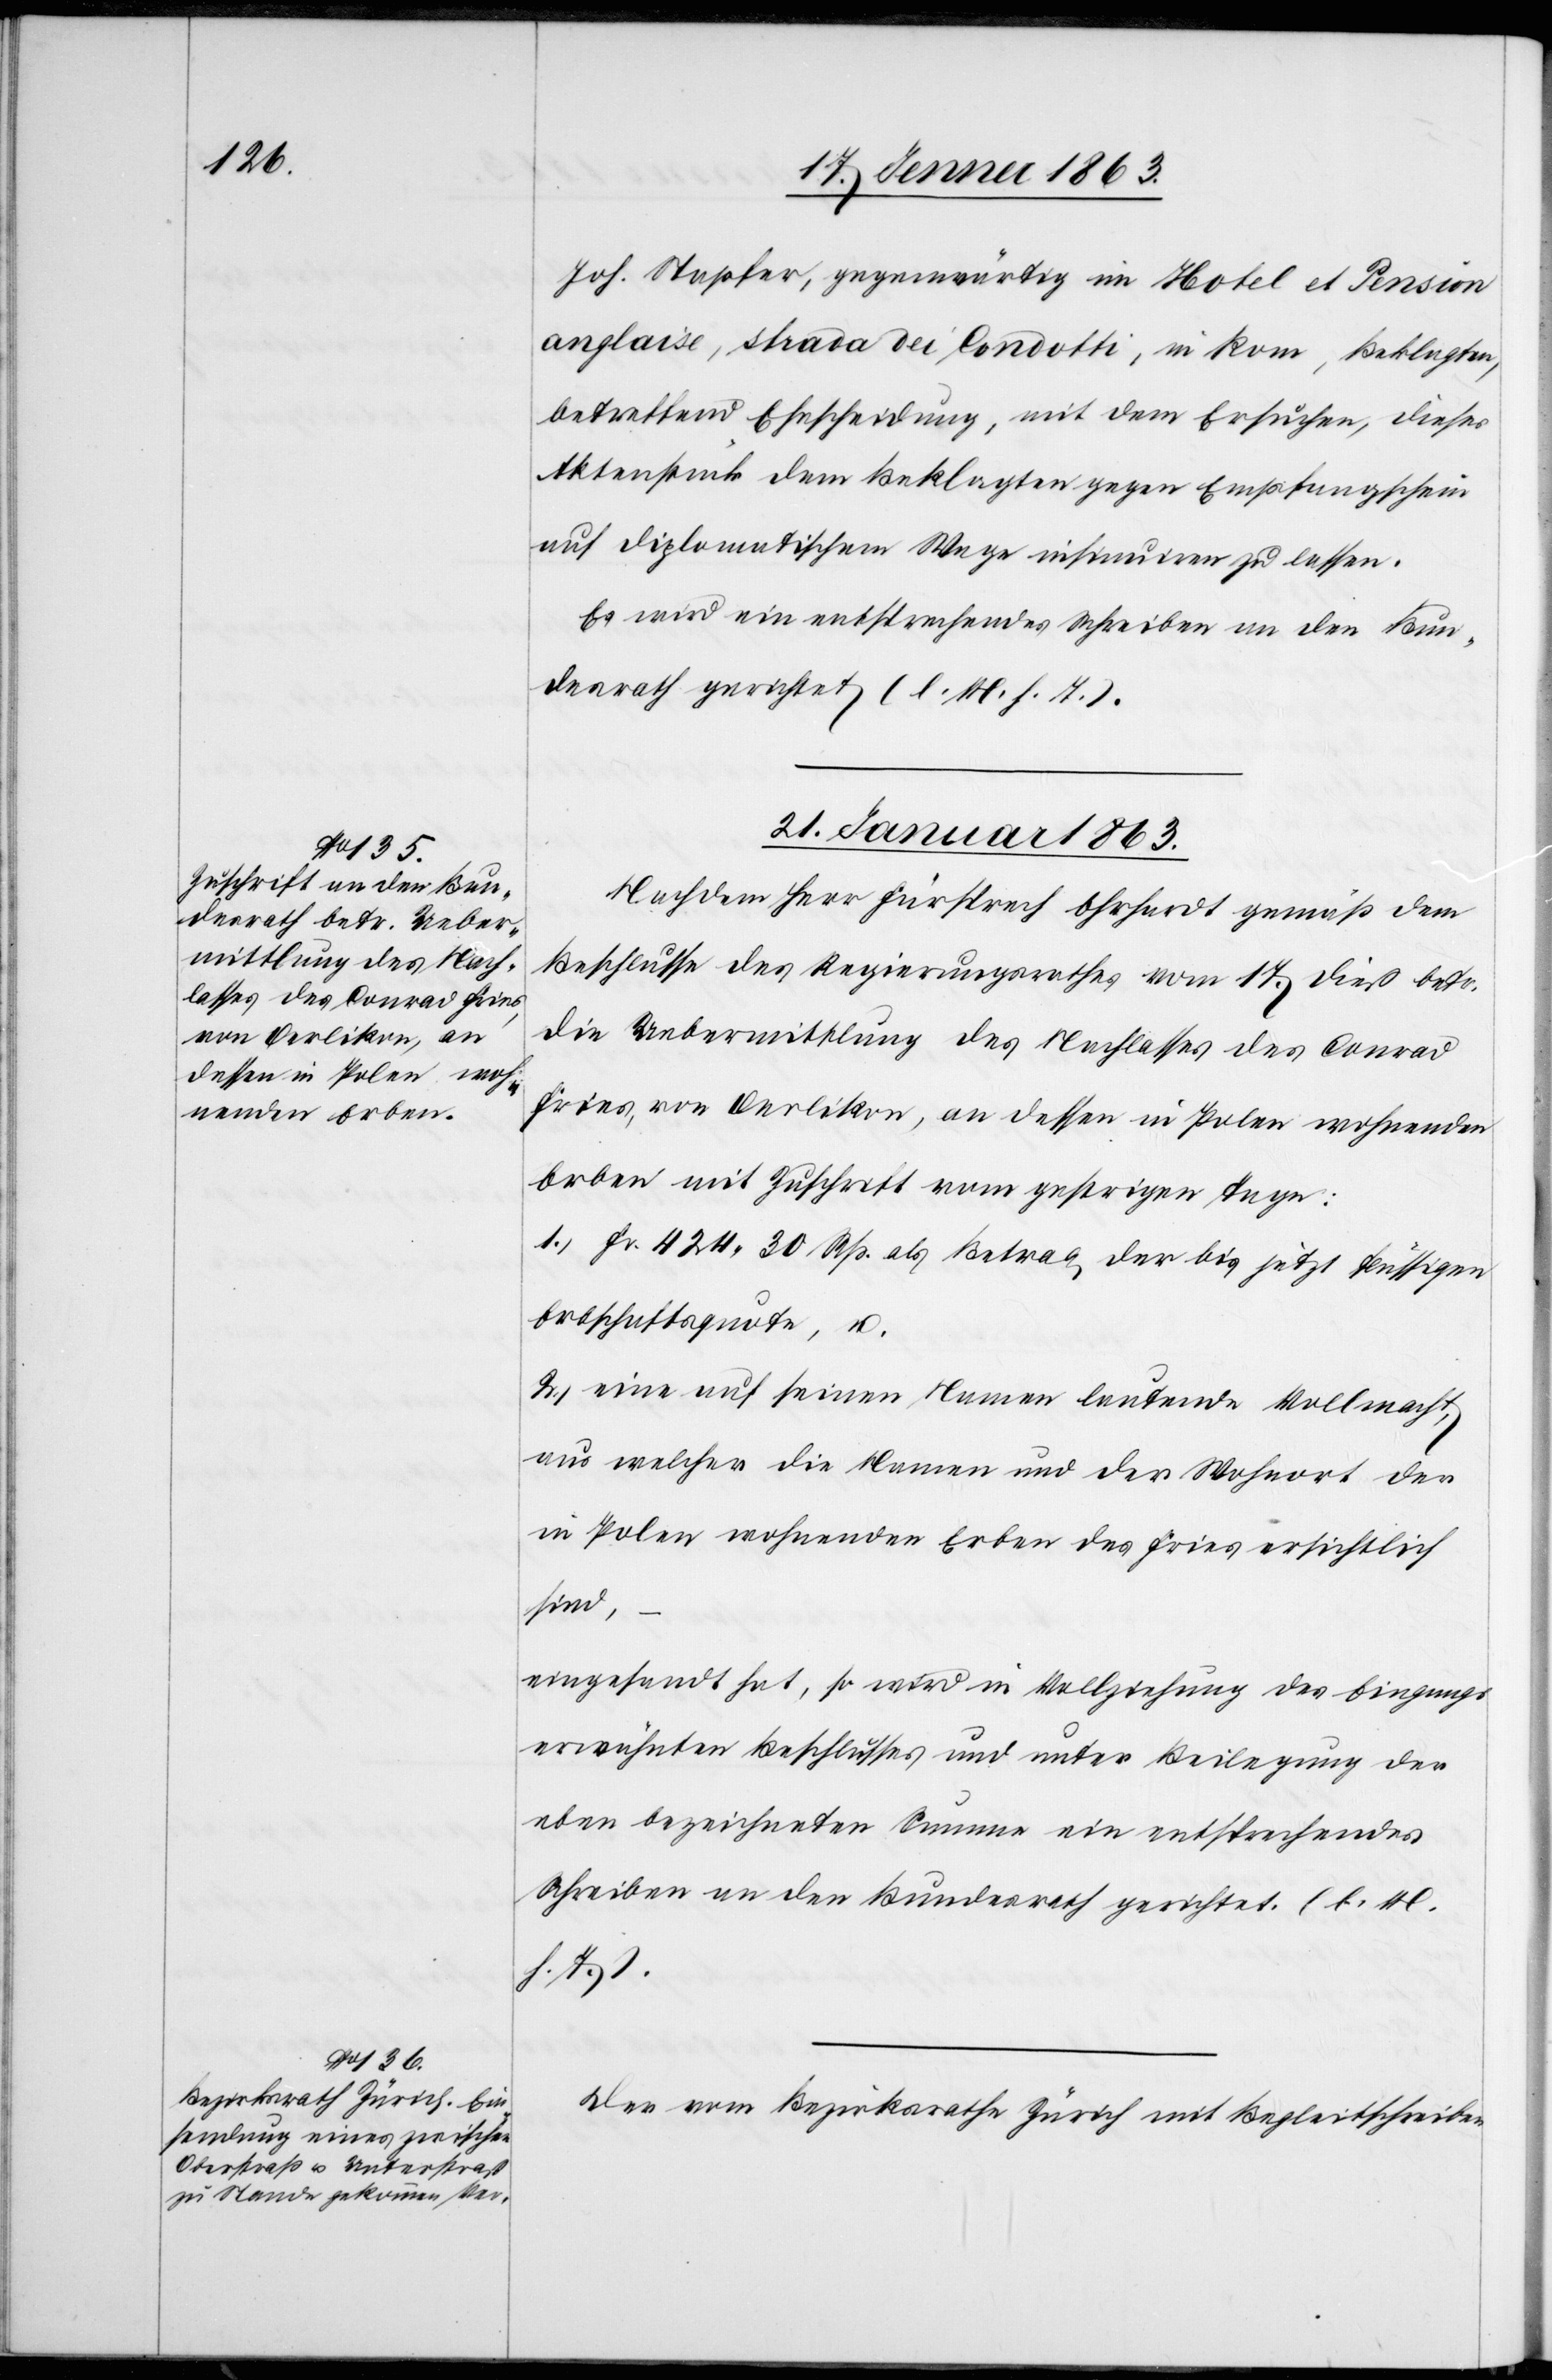
21. Jenner 1863.]
Joh. Stapfer, gegenwärtig im Hotel et Pension
anglaise, strada dei Condotti, in Rom, Beklagten,
betreffend Ehescheidung, mit dem Ersuchen, dieses
Aktenstück dem Beklagten gegen Empfangschein
auf diplomatischem Wege insinuiren zu lassen.
Es wird ein entsprechendes Schreiben an den Bun¬
desrath gerichtet (l. M. h. T.).
Nachdem Herr Fürsprech Ehrhardt gemäß dem
Beschlusse des Regierungsrathes vom 17. dieß bet¬
r. Uebermittlung des Nachlasses des Conrad
Fries, von Oerlikon, an dessen in Polen wohnenden
Erben mit Zuschrift vom gestrigen Tage:
1.) Fr. 424. 30 Rp. als Betrag der bis jetzt flüssigen
Erbschaftsquote, u.
2.) eine auf seinen Namen lautende Vollmacht,
aus welcher die Namen und der Wohnort der
in Polen wohnenden Erben des Fries ersichtlich
sind,
eingesandt hat, so wird in Vollziehung des Eingangs
erwähnten Beschlusses und unter Beilegung der
eben bezeichneten Summe ein entsprechendes
Schreiben an den Bundesrath gerichtet. (l. M.
h. T.).
Der vom Bezirksrath Zürich mit Begleitschreiben